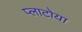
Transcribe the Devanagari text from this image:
प्लाटोया